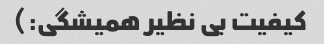
کیفیت بی نظیر همیشگی:)